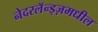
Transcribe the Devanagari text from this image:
नेदरलॅन्ड्ज़मधील